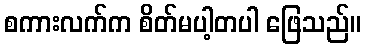
စကားလက်က စိတ်မပါ့တပါ ဖြေသည်။